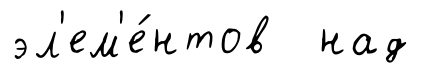
эл'ем'е́нтов над